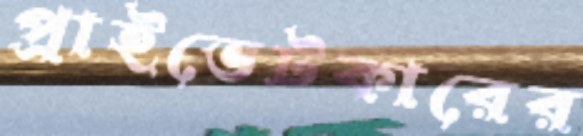
প্রাইভেটকারের